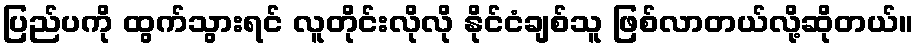
ပြည်ပကို ထွက်သွားရင် လူတိုင်းလိုလို နိုင်ငံချစ်သူ ဖြစ်လာတယ်လို့ဆိုတယ်။